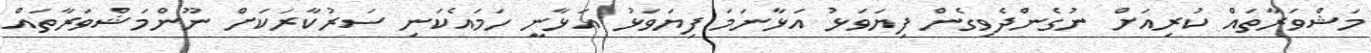
މަޝްވަރާތައް ކުރިއަށް ނުގެންދެވިގެން ފިޔަވަޅު އަޅާނަމަ ފިޔަވަޅު އަޅާނީ ހަމައެކަނި ސަރުކާރަކަށް ނޫންމަޝްވަރާތައް